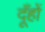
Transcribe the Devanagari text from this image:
दूँहों